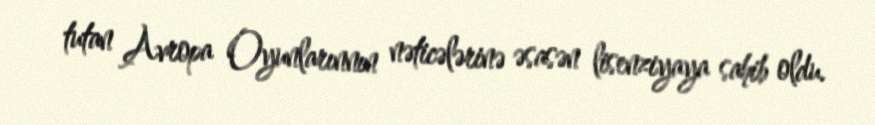
tutan Avropa Oyunlarınnın nəticələrinə əsasən lisenziyaya sahib oldu.